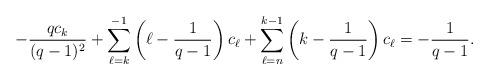
LaTeX: \begin{align*}-\frac{q c_k}{(q-1)^2} + \sum_{\ell=k}^{-1} \left(\ell-\frac{1}{q-1}\right) c_\ell + \sum_{\ell = n}^{k-1} \left(k-\frac{1}{q-1}\right) c_\ell=-\frac{1}{q-1}. \end{align*}